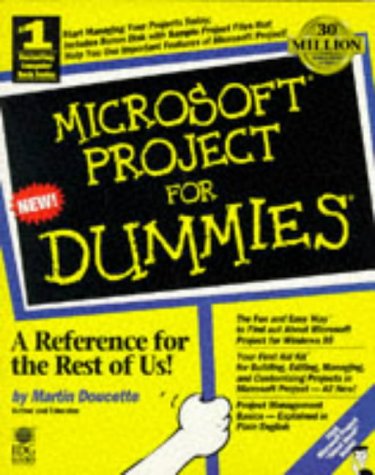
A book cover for Microsoft Project for Dummies; Martin Doucette; Computers & Technology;